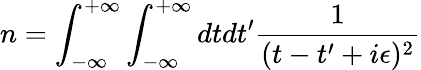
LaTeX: n=\int_{-\infty}^{+\infty}\int_{-\infty}^{+\infty}dtdt^{\prime}{\frac{1}{(t-t^{\prime}+i\epsilon)^{2}}}